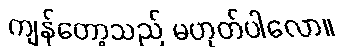
ကျန်တော့သည် မဟုတ်ပါလော။